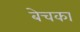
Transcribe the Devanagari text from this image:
बेचका